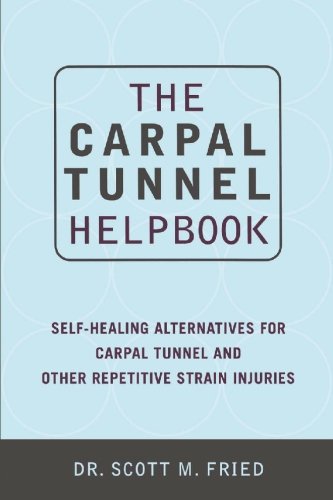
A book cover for The Carpal Tunnel Helpbook: Self-Healing Alternatives for Carpal Tunnel and Other Repetitive Strain Injuries; Scott Fried; Health, Fitness & Dieting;